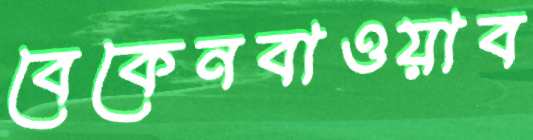
বেকেনবাওয়াব